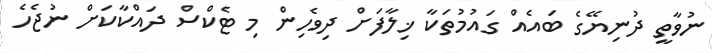
ނުވާތީ ދުނިޔޭގެ ބައެއް ގައުމުތަކާ ޚިލާފަށް ދިވެހިން މި ޓެކްސް ދައްކާކަށް ނުޖެހެ